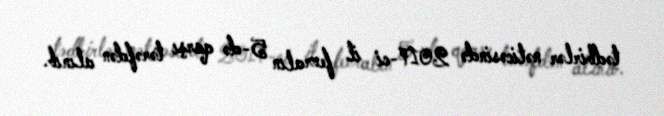
tədbirlər nəticəsində 2017-ci il fevralın 5-də qarşı tərəfdən alınıb.